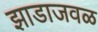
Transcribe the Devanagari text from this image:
झाडाजवळ